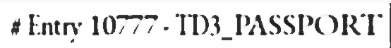
# Entry 10777 - TD3_PASSPORT